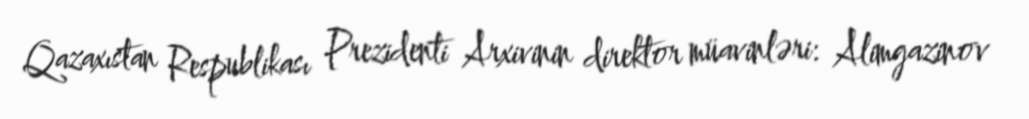
Qazaxıstan Respublikası Prezidenti Arxivinin direktor müavinləri: Alimgazinov